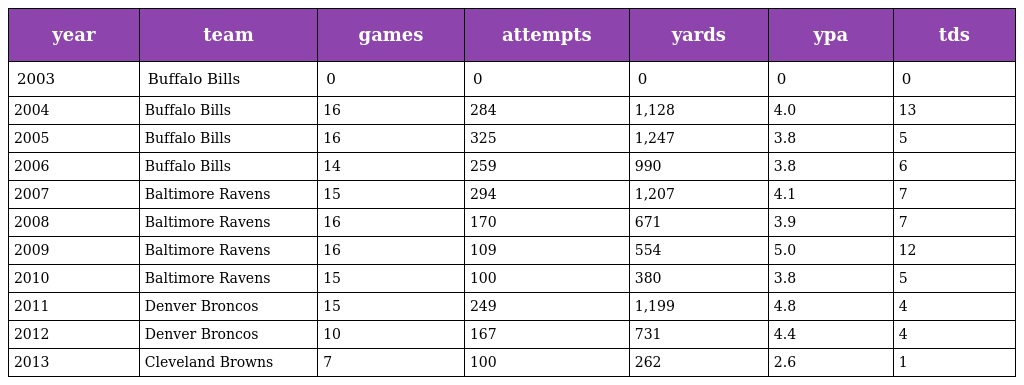
| year | team | games | attempts | yards | ypa | tds |
 | --- | --- | --- | --- | --- | --- | --- |
 | 2003 | Buffalo Bills | 0 | 0 | 0 | 0 | 0 |
 | 2004 | Buffalo Bills | 16 | 284 | 1,128 | 4.0 | 13 |
 | 2005 | Buffalo Bills | 16 | 325 | 1,247 | 3.8 | 5 |
 | 2006 | Buffalo Bills | 14 | 259 | 990 | 3.8 | 6 |
 | 2007 | Baltimore Ravens | 15 | 294 | 1,207 | 4.1 | 7 |
 | 2008 | Baltimore Ravens | 16 | 170 | 671 | 3.9 | 7 |
 | 2009 | Baltimore Ravens | 16 | 109 | 554 | 5.0 | 12 |
 | 2010 | Baltimore Ravens | 15 | 100 | 380 | 3.8 | 5 |
 | 2011 | Denver Broncos | 15 | 249 | 1,199 | 4.8 | 4 |
 | 2012 | Denver Broncos | 10 | 167 | 731 | 4.4 | 4 |
 | 2013 | Cleveland Browns | 7 | 100 | 262 | 2.6 | 1 |